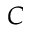
C